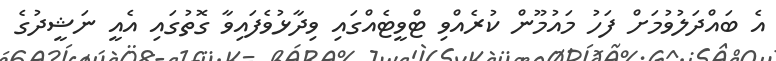
އެ ބައްދަލުވުމަށް ފަހު މައުމޫން ކުރެއްވި ޓްވީޓެއްގައި ވިދާޅުވެފައިވާ ގޮތުގައި އެއީ ނަޝީދުގެ